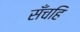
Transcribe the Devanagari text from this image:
सँचहि